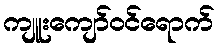
ကျူးကျော်ဝင်ရောက်